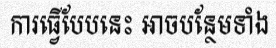
ការធ្វើបែបនេះ អាចបន្ថែមទាំង